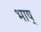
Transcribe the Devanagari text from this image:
भाष्